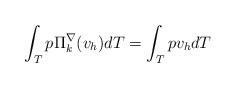
LaTeX: \begin{align*}\int_{T} p \Pi^{\nabla}_{k} (v_{h}) dT=\int_{T} p v_{h} dT \end{align*}